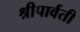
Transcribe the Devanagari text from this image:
श्रीपार्वती